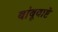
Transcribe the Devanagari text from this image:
बांबूवाष्टे